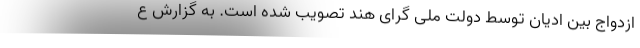
ازدواج بین ادیان توسط دولت ملی گرای هند تصویب شده است. به گزارش ع